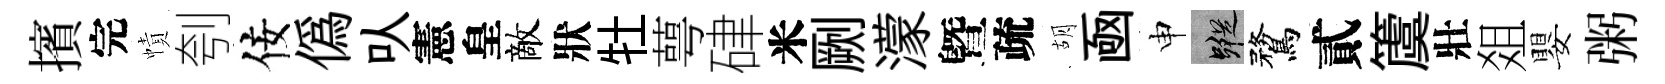
擯完幘刳佞偽㕥憲皇敵狀牡萼硉米劂濛曁疏胡凾申蹤鶩貳𥵂壯爼嬰粥